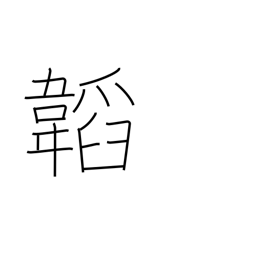
Meaning: wrapping